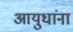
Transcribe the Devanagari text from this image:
आयुधांना